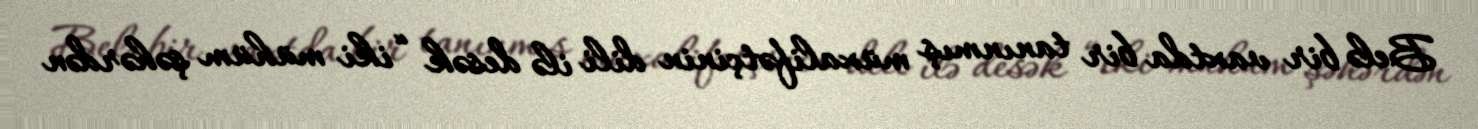
Belə bir vaxtda bir tanınmış müxalifətçinin dili ilə desək “iki mühüm şəhərdən